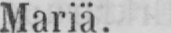
Mariä.